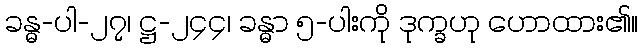
ခန္ဓ-ပါ-၂၇၊ ဋ္ဌ-၂၄၄၊ ခန္ဓာ ၅-ပါးကို ဒုက္ခဟု ဟောထား၏။